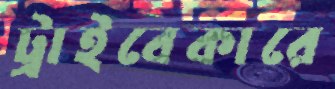
ট্রাইবেকারে